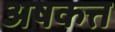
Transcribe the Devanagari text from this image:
अषकत्त